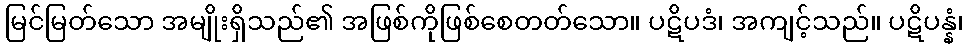
မြင်မြတ်သော အမျိုးရှိသည်၏ အဖြစ်ကိုဖြစ်စေတတ်သော။ ပဋိပဒံ၊ အကျင့်သည်။ ပဋိပန္နံ၊